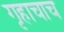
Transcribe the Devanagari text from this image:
गृहाचाच